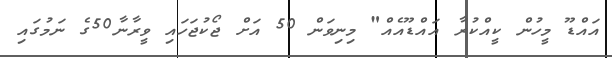
އައްޑޫ މީހުން ކީއްކުރާ އައްޑޫއެއް" މިނިވަން 50 އަށް ޖޯކުޖަހައި ވީރާނާ50ގެ ނަމުގައި